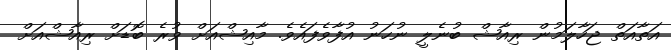
އަތާއަތް ޖަހާލަމުން ރިއާޝް ބުނެލީ ނުހަނު އުފާވެފައެވެ. މާއިޝްއަށް ވުރެ ބޮޑަށް ރިއާޝްއަށް